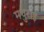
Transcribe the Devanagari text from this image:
मथुराई